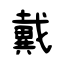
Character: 戴